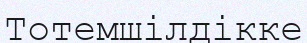
Тотемшілдікке